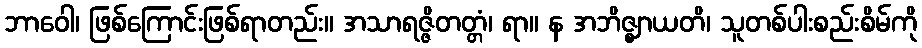
ဘာဝေါ၊ ဖြစ်ကြောင်းဖြစ်ရာတည်း။ အသာရဇ္ဇိတတ္တံ၊ ရာ။ န အဘိဇ္ဈာယတိ၊ သူတစ်ပါးစည်းစိမ်ကို